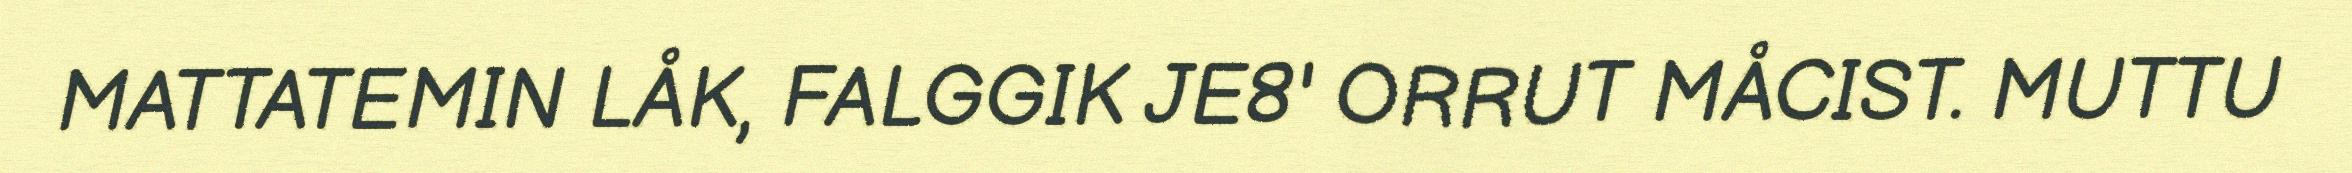
MATTATEMIN LÅK, FALGGIK JE8' ORRUT MÅCIST. MUTTU